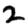
Digit: 2